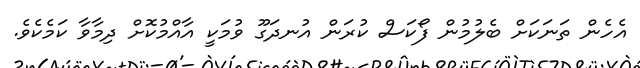
އެހެން ތަނަކަށް ބެލުމުން ފޯކަސް ކުރަން އުނދަގޫ ވުމަކީ އާއްމުކޮށް ދިމާވާ ކަމެކެވެ.